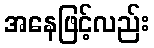
အနေဖြင့်လည်း